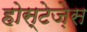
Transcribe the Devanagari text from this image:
होस्टेज़ेस